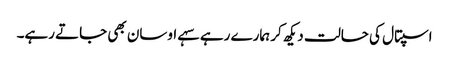
اسپتال کی حالت دیکھ کر ہمارے رہے سہے اوسان بھی جاتے رہے۔